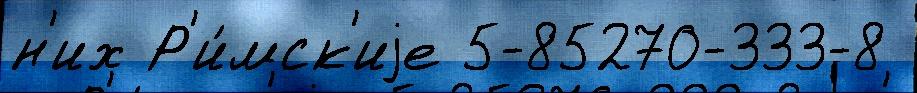
н'их Р'и́мск'иjе 5-85270-333-8